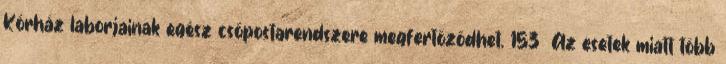
Kórház laborjainak egész csőpostarendszere megfertőződhet. 153 Az esetek miatt több